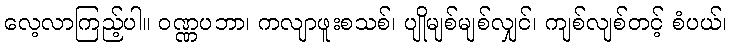
လေ့လာကြည့်ပါ။ ဝဏ္ဏပဘာ၊ ကလျာဖူးစသစ်၊ ပျိုမျစ်မျစ်လျှင်၊ ကျစ်လျစ်တင့် စံပယ်၊